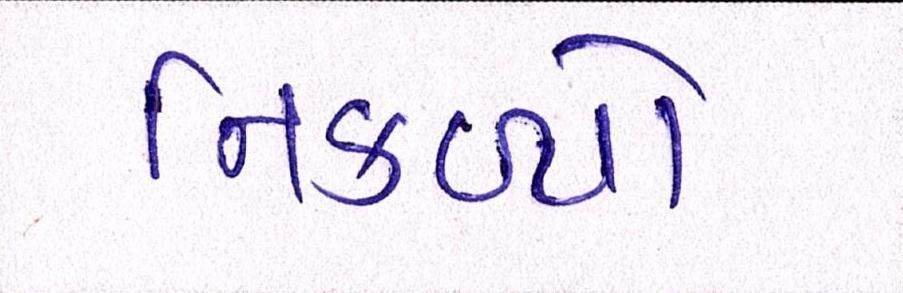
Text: નિકળ્યો